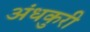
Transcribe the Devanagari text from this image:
अंधकुरी